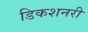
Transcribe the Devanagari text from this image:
डिकशनरी